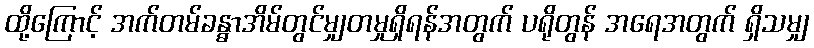
ထို့ကြောင့် အက်တမ်ခန္ဓာအိမ်တွင်မျှတမှုရှိရန်အတွက် ပရိုတွန် အရေအတွက် ရှိသမျှ